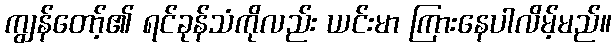
ကျွန်တော့်၏ ရင်ခုန်သံကိုလည်း ယင်းမာ ကြားနေပါလိမ့်မည်။